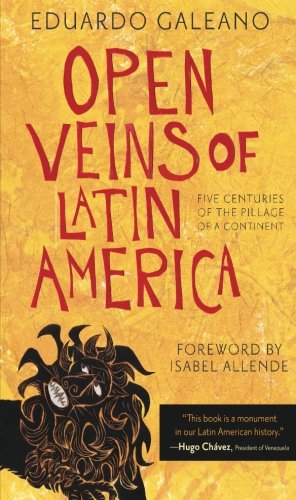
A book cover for Open Veins of Latin America: Five Centuries of the Pillage of a Continent; Eduardo Galeano; Business & Money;